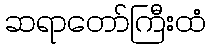
ဆရာတော်ကြီးထံ